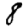
Digit: 8